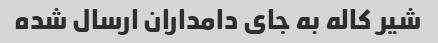
شیر کاله به جای دامداران ارسال شده